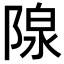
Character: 𬯏